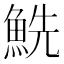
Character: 𩶤